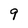
Character: 9